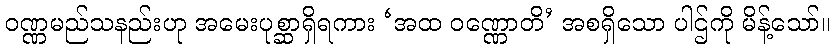
ဝဏ္ဏမည်သနည်းဟု အမေးပုစ္ဆာရှိရကား ‘အထ ဝဏ္ဏောတိ’ အစရှိသော ပါဌ်ကို မိန့်သော်။